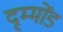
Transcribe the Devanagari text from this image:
दृम्मोंड